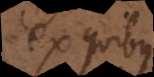
ex quibus